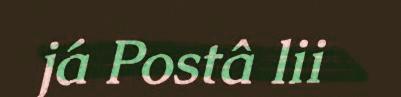
já Postâ lii